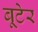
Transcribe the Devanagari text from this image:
बूटेर